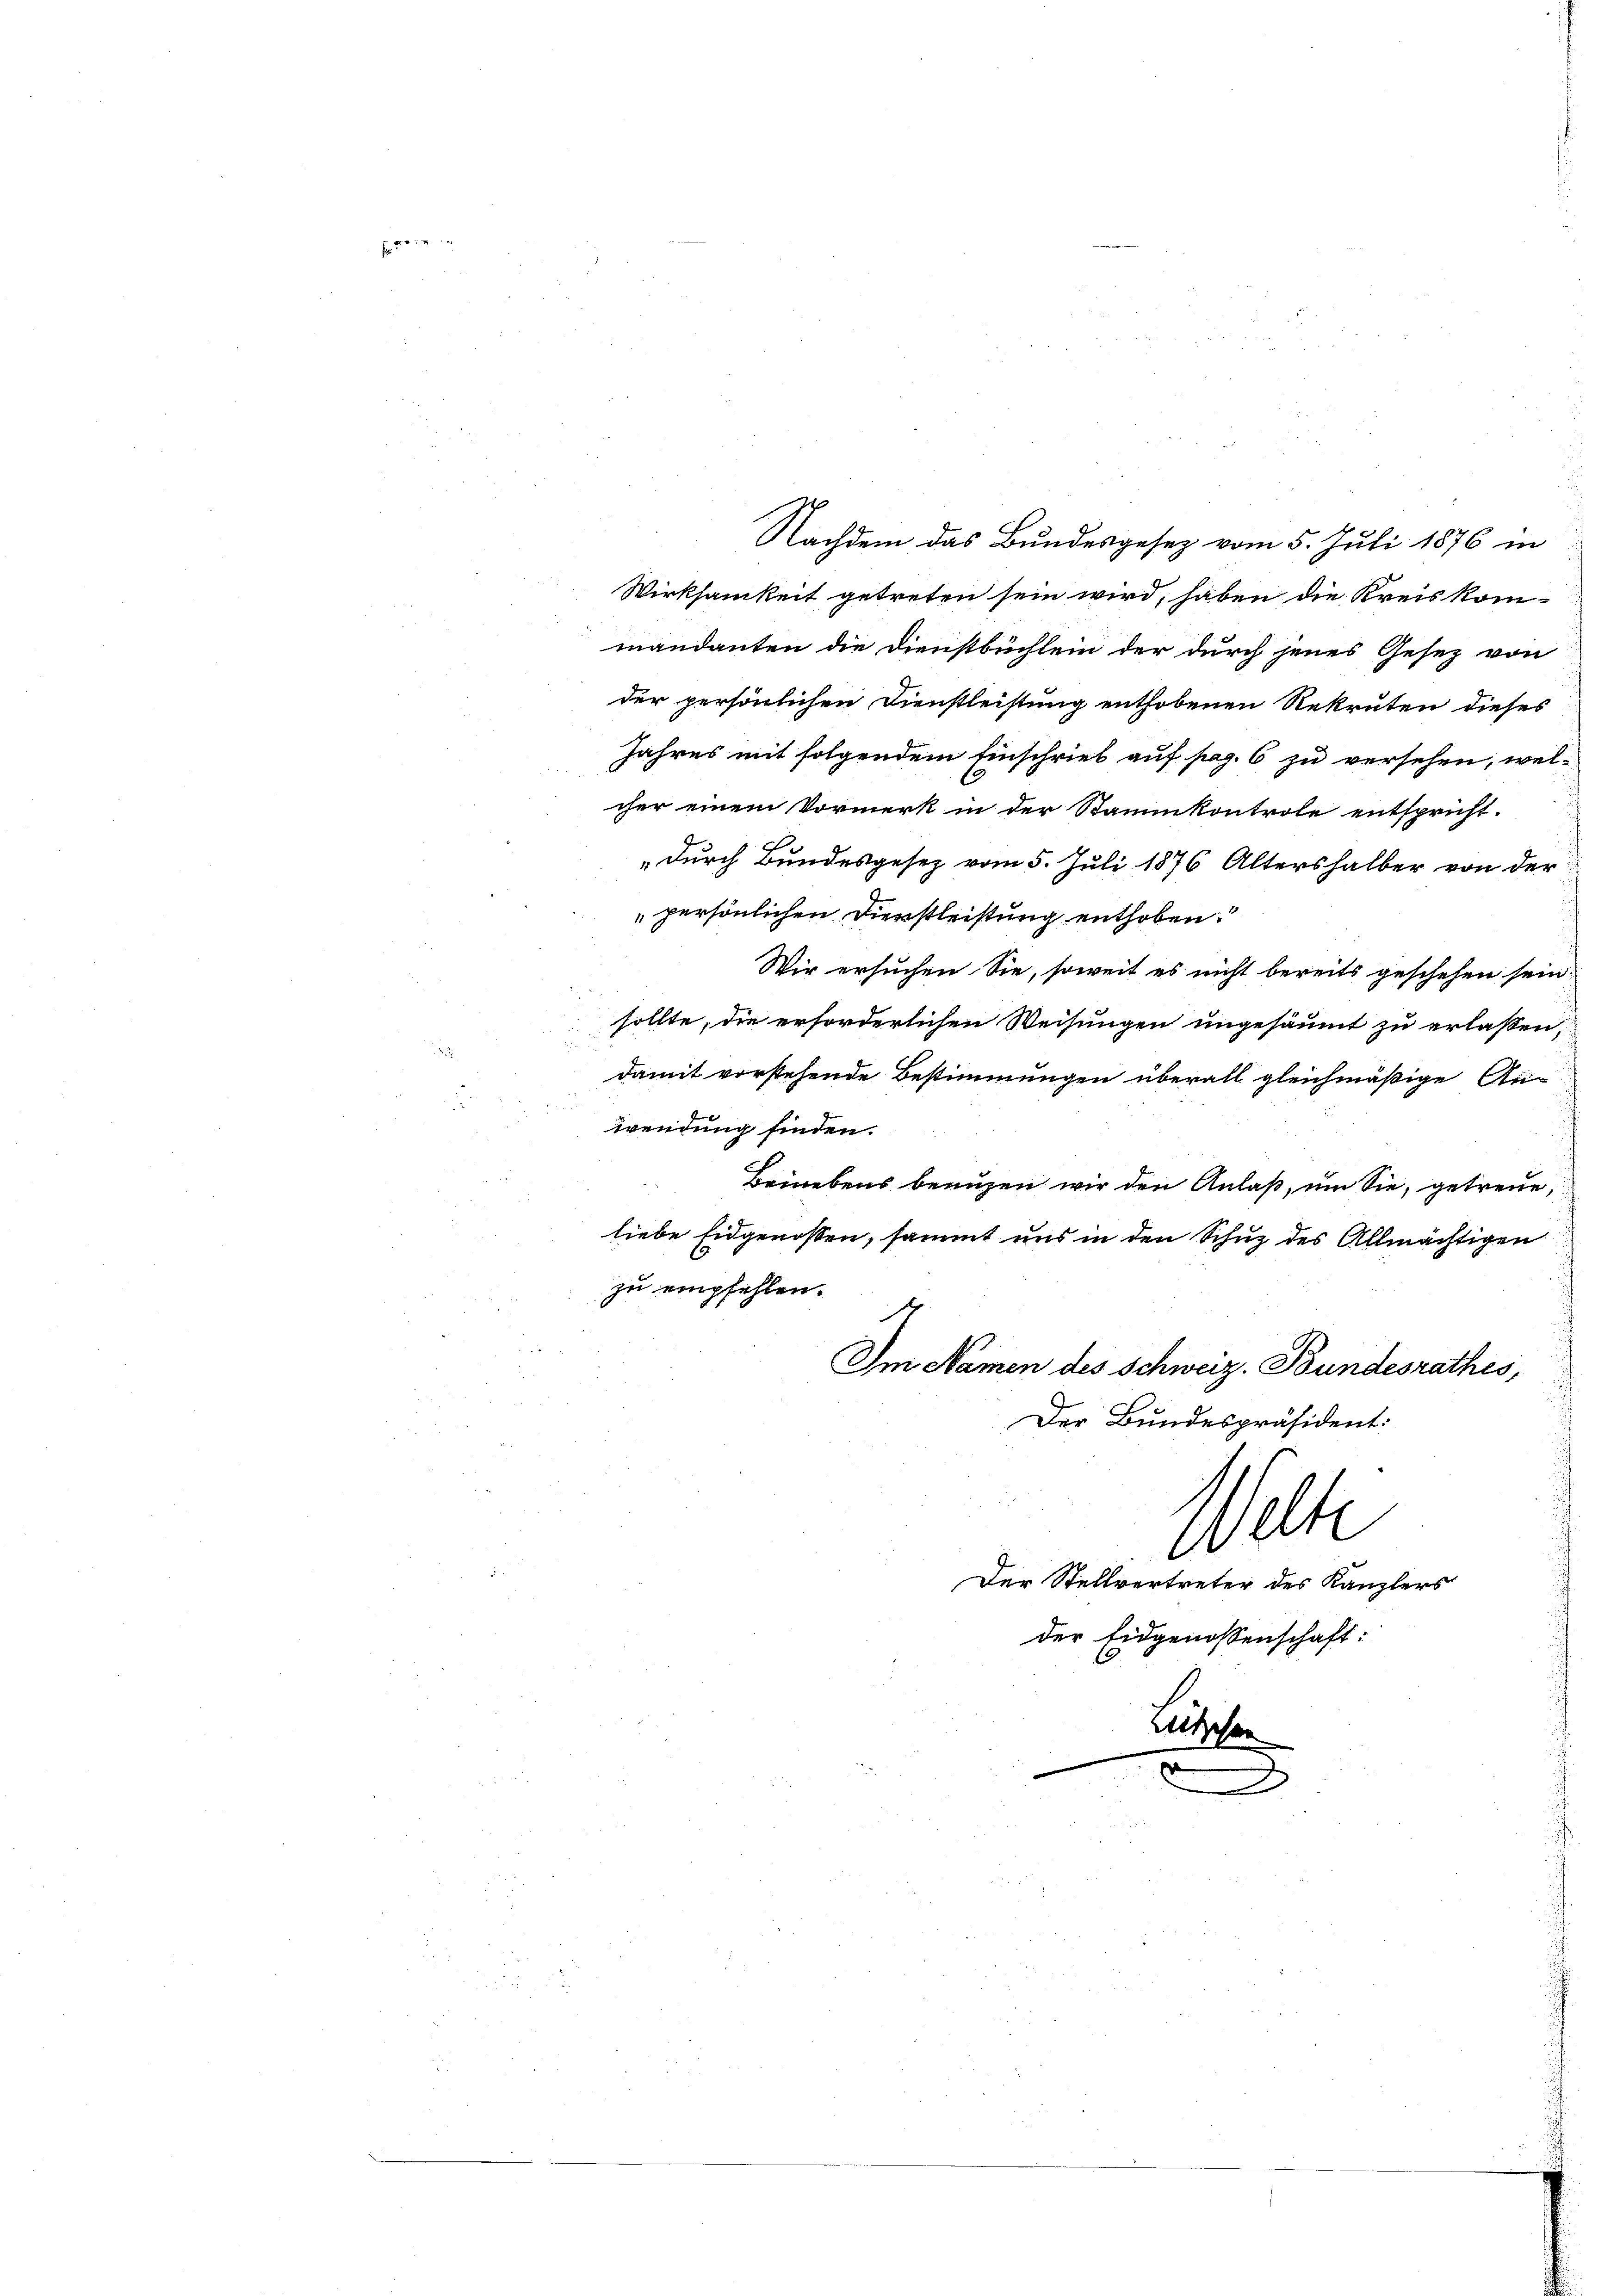
Nachdem das Bundesgesez vom 5. Juli 1876 in
Wirksamkeit getreten sein wird, haben die Kreiskom-
mandanten die Dienstbüchlein der durch jenes Gesez von
der persönlichen Dienstleistung enthobenen Rekruten dieses
Jahres mit folgendem Einschrieb auf pag. 6 zu versehen, wel-
cher einem Vormerk in der Stammkontrole entspricht.
2
„durch Bundesgesez vom 5. Juli 1876 Altershalber von der
persönlichen Dienstleistung enthoben.
Wir ersuchen Sie, soweit es nicht bereits geschehen sein.
sollte, die erforderlichen Weisungen ungesäumt zu erlassen,
damit vorstehende Bestimmungen überall gleichmäßige An-
wendung finden.
Beinebens benuzen wir den Anlaß, um Sie, getreue,
liebe Eidgenossen, sammt uns in den Schuz des Allmächtigen
zu empfehlen.
Im Namen des Schweiz. Bundesrathes,
Der Bundespräsident:
Welte
Der Stellvertreter des Kanzlers
der Eidgenossenschaft:

Lusehen
d